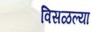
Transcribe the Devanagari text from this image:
विसळल्या